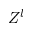
Z ^ { l }